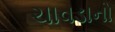
ચાવડાનો